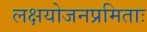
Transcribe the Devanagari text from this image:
लक्षयोजनप्रमिताः